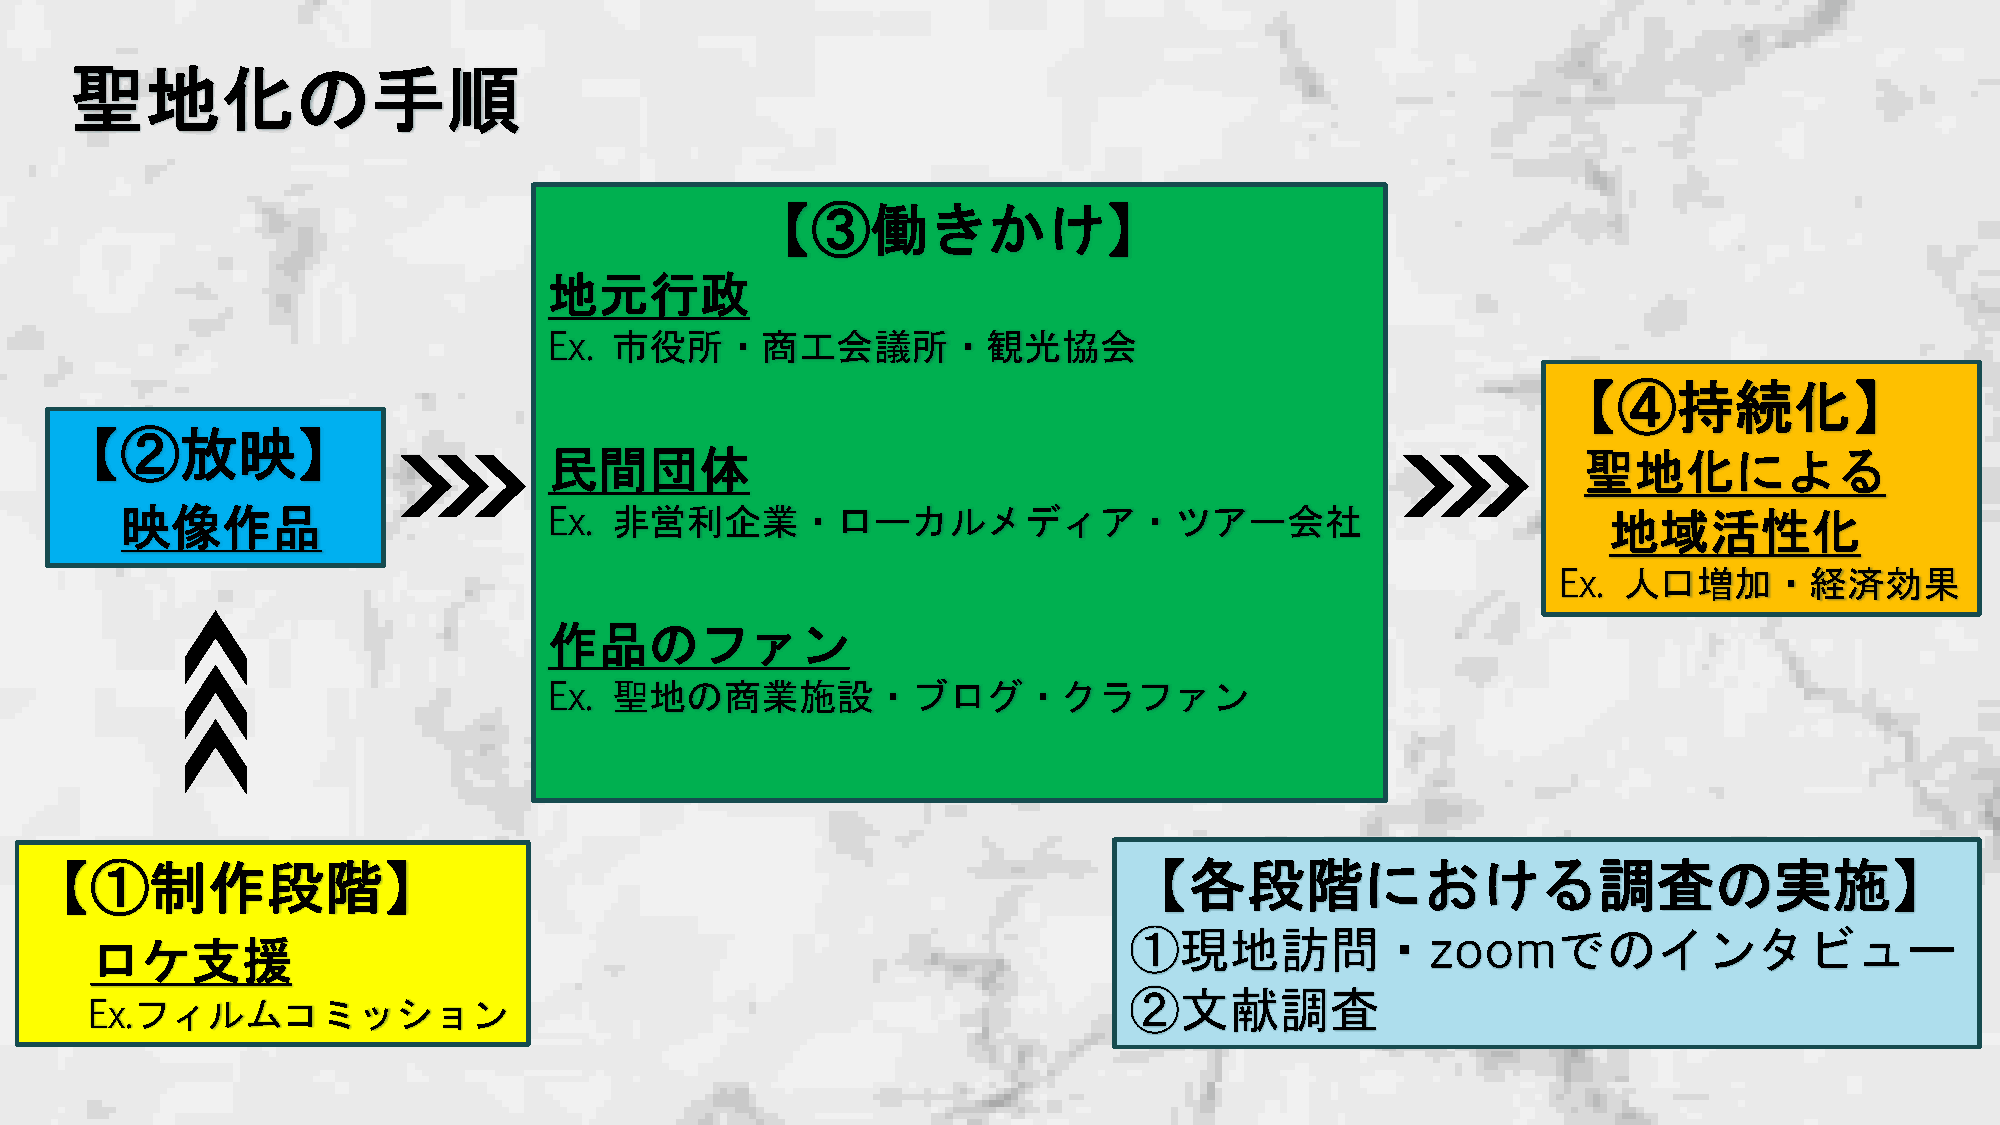
聖地化の手順
 【③働きかけ】
 地元行政
 Ex.  市役所・商工会議所・観光協会
 【④持続化】
 【②放映】
 民間団体                                                                 聖地化による
 映像作品                        Ex.  非営利企業・ローカルメディア・ツアー会社                                              地域活性化
 Ex. 人口増加・経済効果
 作品のファン
 Ex.  聖地の商業施設・ブログ・クラファン
 【①制作段階】                                                                  【各段階における調査の実施】
 ①現地訪問・zoomでのインタビュー
 ロケ支援
 ②文献調査
 Ex.フィルムコミッション